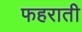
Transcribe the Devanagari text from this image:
फहराती